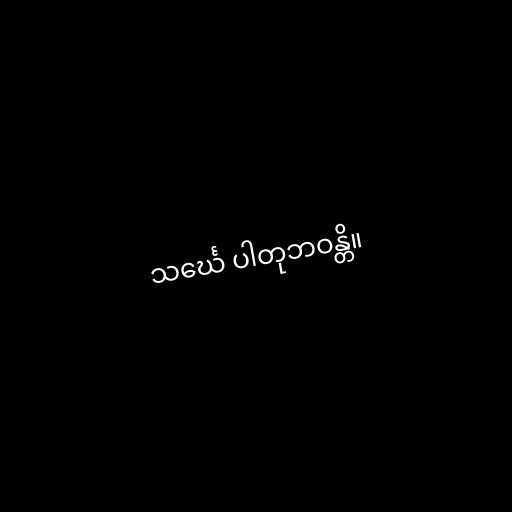
သင်္ဃေ ပါတုဘဝန္တိ။